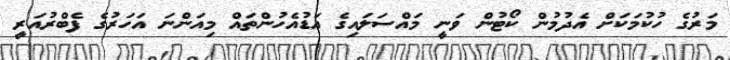
މަރުގެ ހުކުމަކަށް އެދުމުން ކޯޓުން ވަނީ މައްސަލައިގެ އަޑުއެހުންތައް މިއަންނަ އަހަރުގެ ފެބްރުއަރީ